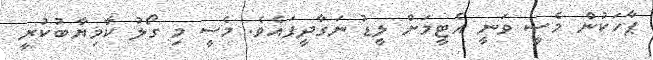
ޕާހަކުން މެސީ ވަނީ އެޓީމަށް ލީޑު ނަގާދީފައެވެ. މެސީ މި ގޯލު ކާމިޔާބުކުރީ